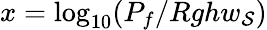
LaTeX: x=\log_{10}(P_{f}/Rghw_{\mathcal{S}})